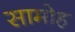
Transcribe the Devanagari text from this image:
सामोह